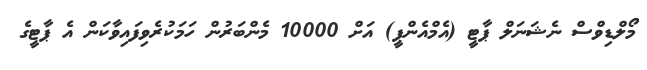
މޯލްޑިވްސް ނެޝަނަލް ޕާޓީ (އެމްއެންޕީ) އަށް 10000 މެންބަރުން ހަމަކުރެވިފައިވާކަން އެ ޕާޓީގެ